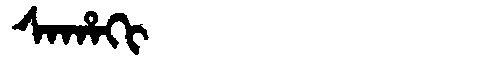
Manchu: ᠰᠠᡥᠠᡴᡳ
Romanization: SAHAKI